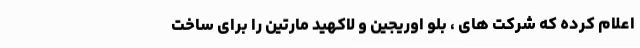
اعلام کرده که شرکت های ، بلو اوریجین و لاکهید مارتین را برای ساخت